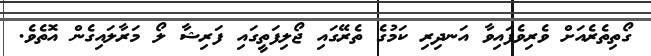
ގޯތިތެރެއަށް ވެރިވެފައިވާ އަނދިރި ކަމުގެ ތެރޭގައި ޖޯލިފަތީގައި ފަރިޝާ ލޯ މަރާލައިގެން އޮތެވެ.